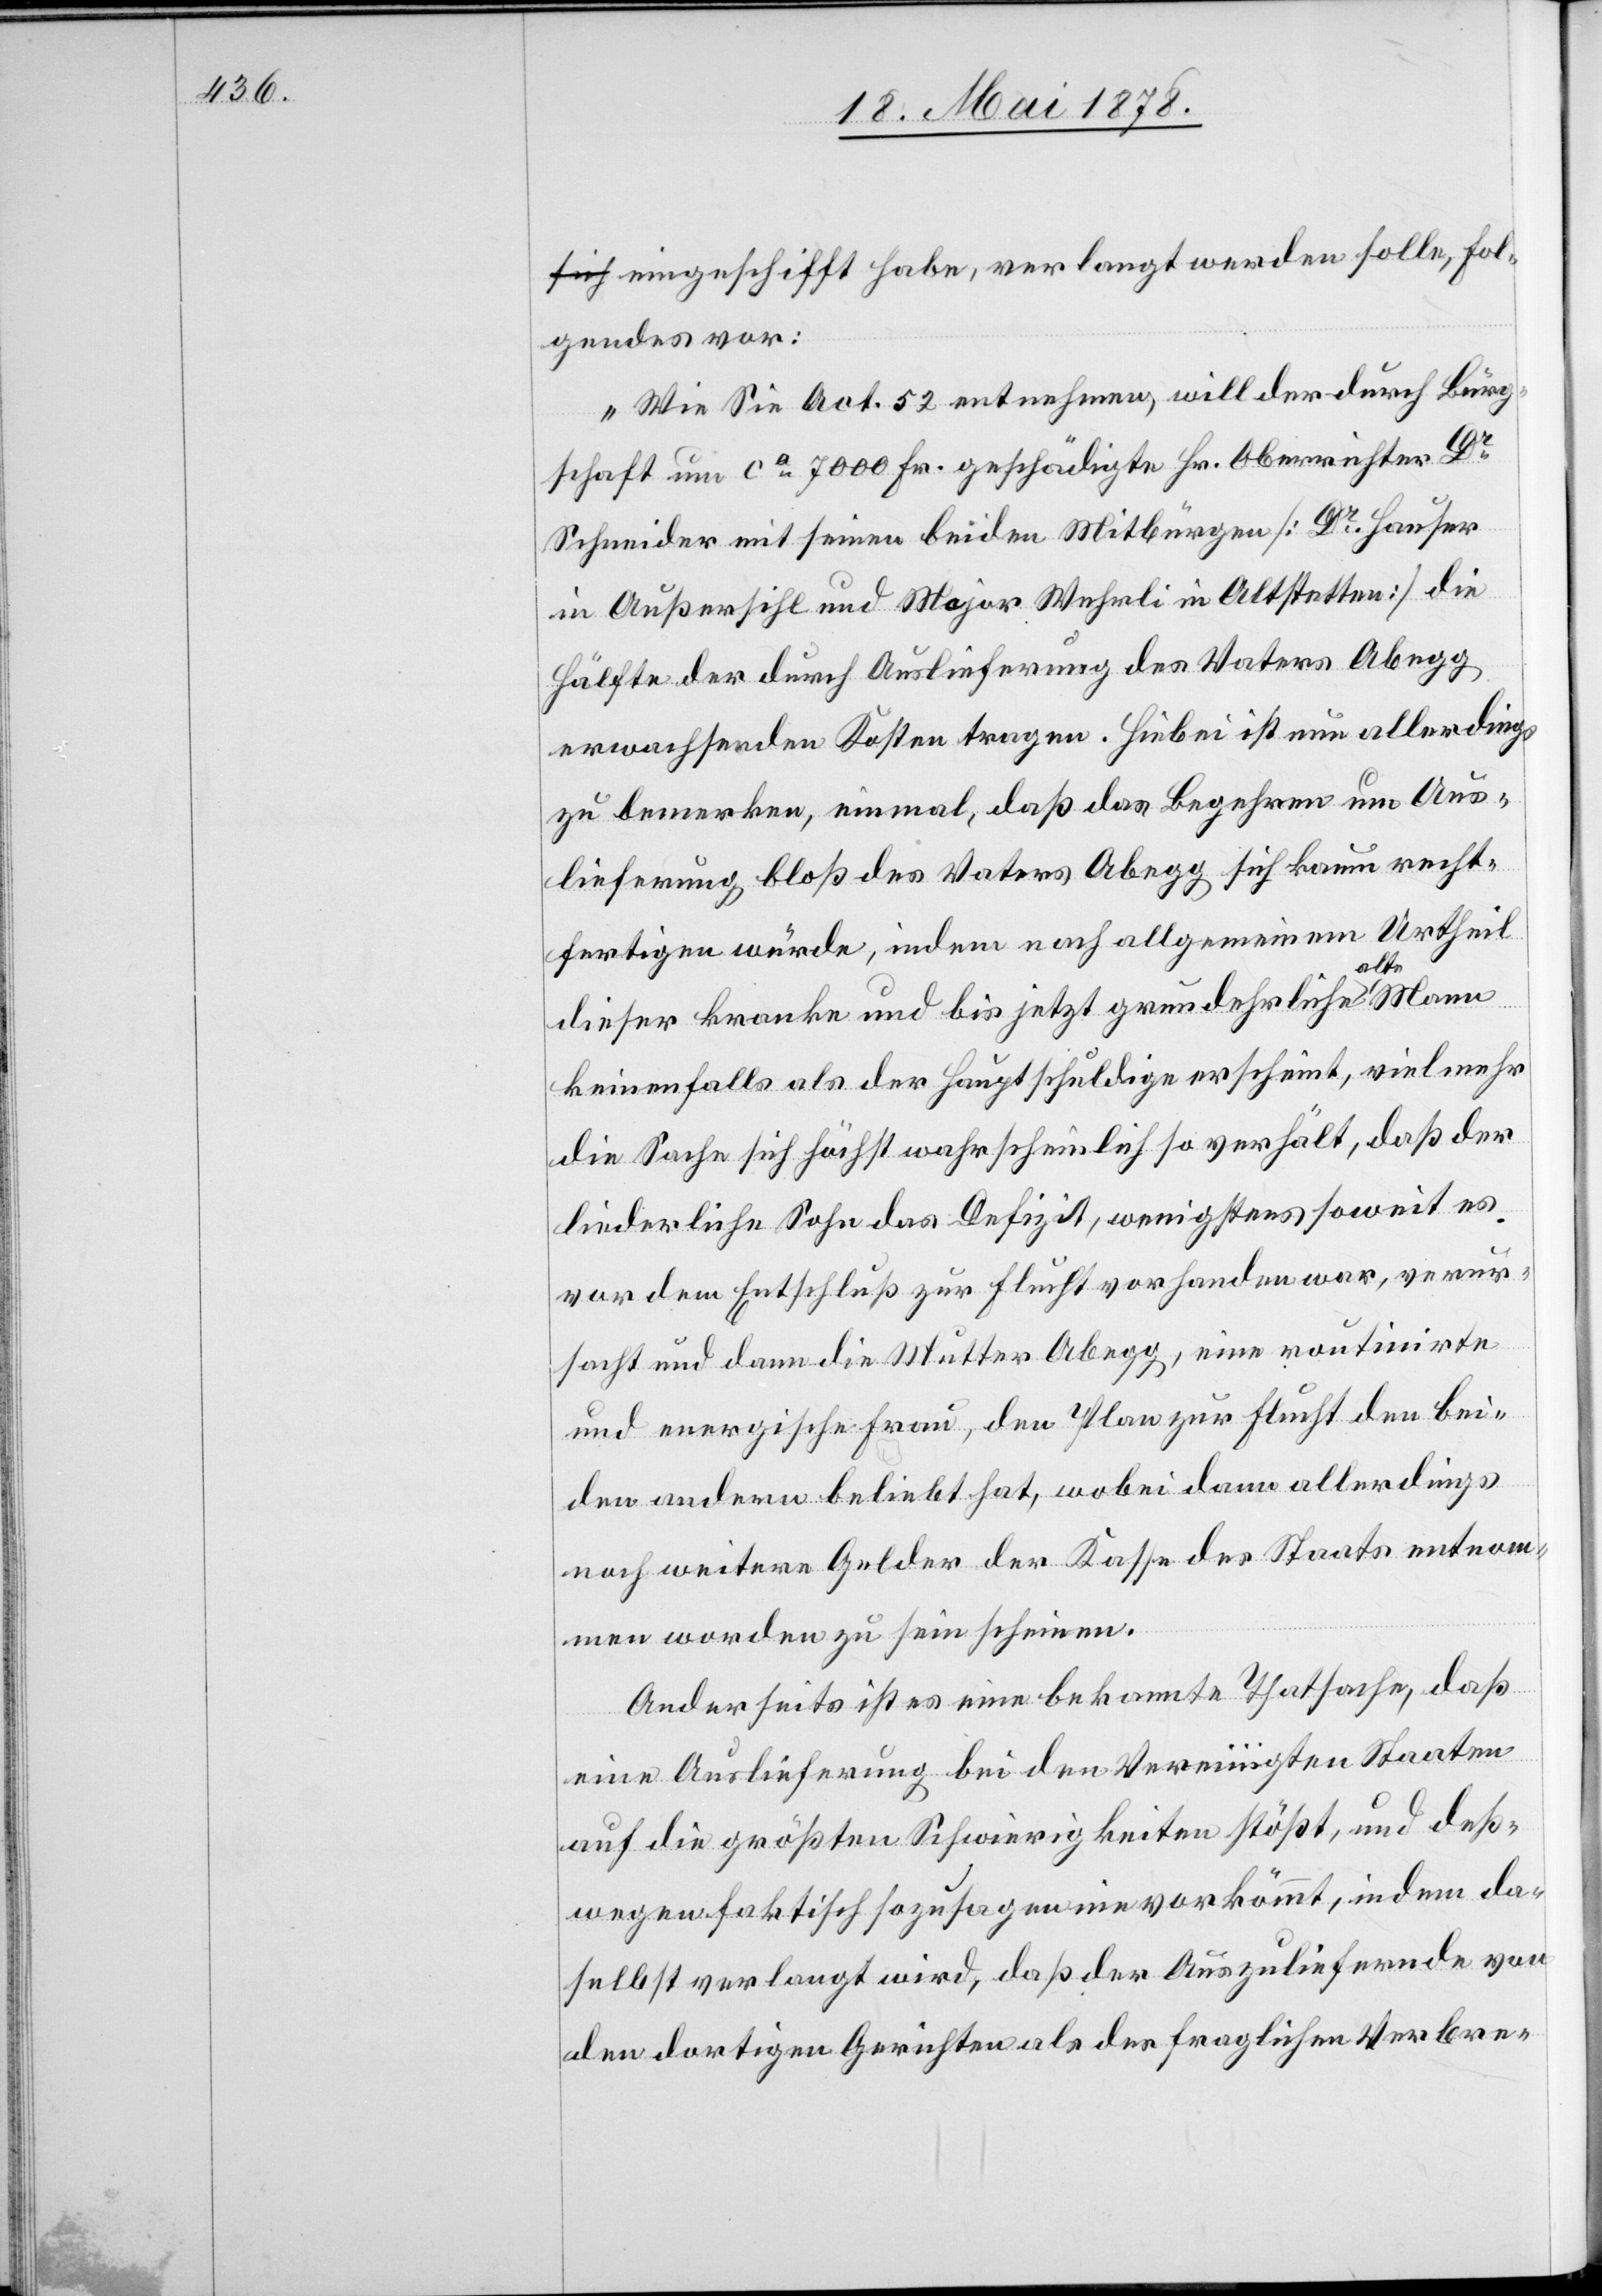
eingeschifft habe, verlangt werden solle, fol¬
gendes vor:
„Wie Sie Act. 52 entnehmen, will der durch Bürg¬
schaft um ca 7000 Fr. geschädigte Hr. Oberrichter Dr
Schneider mit seinen beiden Mitbürgen [Dr Hauser
in Außersihl und Major Wehrli in Altstetten] die
Hälfte der durch Auslieferung des Vaters Abegg
erwachsenden Kosten tragen. Hiebei ist nun allerdings
zu bemerken, einmal, daß das Begehren um Aus¬
lieferung bloß des Vaters Abegg sich kaum recht¬
fertigen würde, indem nach allgemeinem Urtheil
dieser kranke und bis jetzt grundehrliche alte
keinesfalls als der Hauptschuldige erscheint, vielmehr
die Sache sich höchst wahrscheinlich so verhält, das der
liederliche Sohn das Defizit, wenigstens soweit es
vor dem Entschluß zur Flucht vorhanden war, verur¬
sacht und dann die Mutter Abegg, eine routinirte
und energische Frau, den Plan zur Flucht den bei¬
den andern beliebt hat, wobei dann allerdings
noch weitere Gelder der Kasse des Staats entnom¬
men worden zu sein scheinen.
Anderseits ist es eine bekannte Thatsache, das
eine Auslieferung bei den Vereinigten Staaten
auf die größten Schwierigkeiten stößt, und deß¬
wegen faktisch sozusagen nie vorkömmt, indem da¬
selbst verlangt wird, daß der Auszuliefernde von
den dortigen Gerichten als des fraglichen Verbre-